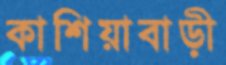
কাশিয়াবাড়ী